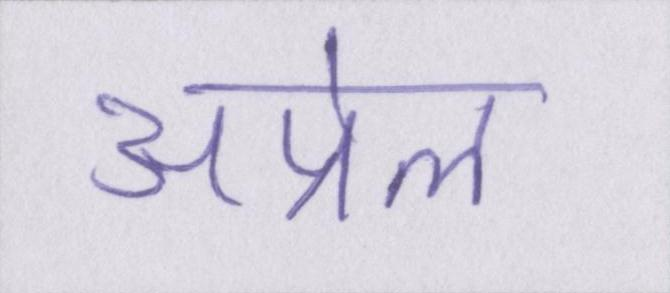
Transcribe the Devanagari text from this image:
अप्रेल